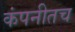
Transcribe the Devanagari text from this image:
कंपनीतच